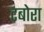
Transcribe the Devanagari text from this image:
टबोरा